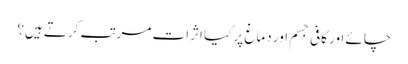
چائے اور کافی جسم اور دماغ پر کیا اثرات مرتب کرتے ہیں؟